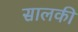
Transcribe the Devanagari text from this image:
सालकी